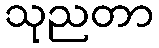
သုညတာ